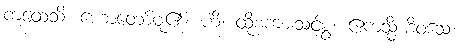
ကထေသိ၊ ဟောတော်မူ၏။ ဟိ၊ ထိုစကားသင့်စွ။ ဧကသ္မိံ ဒိဝသေ၊